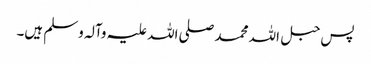
پس حبل اللہ محمد صلی اللہ علیہ وآلہ وسلم ہیں۔